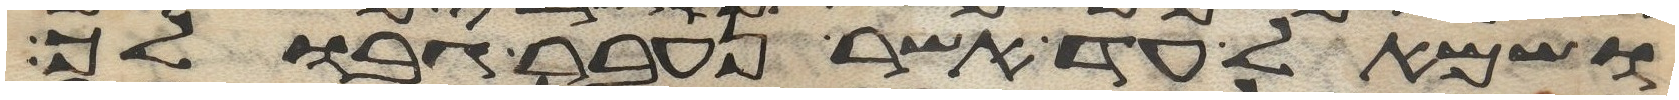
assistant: ושמאל עד אשר נעבר גבולך